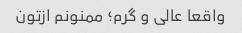
واقعا عالی و گرم؛ ممنونم ازتون